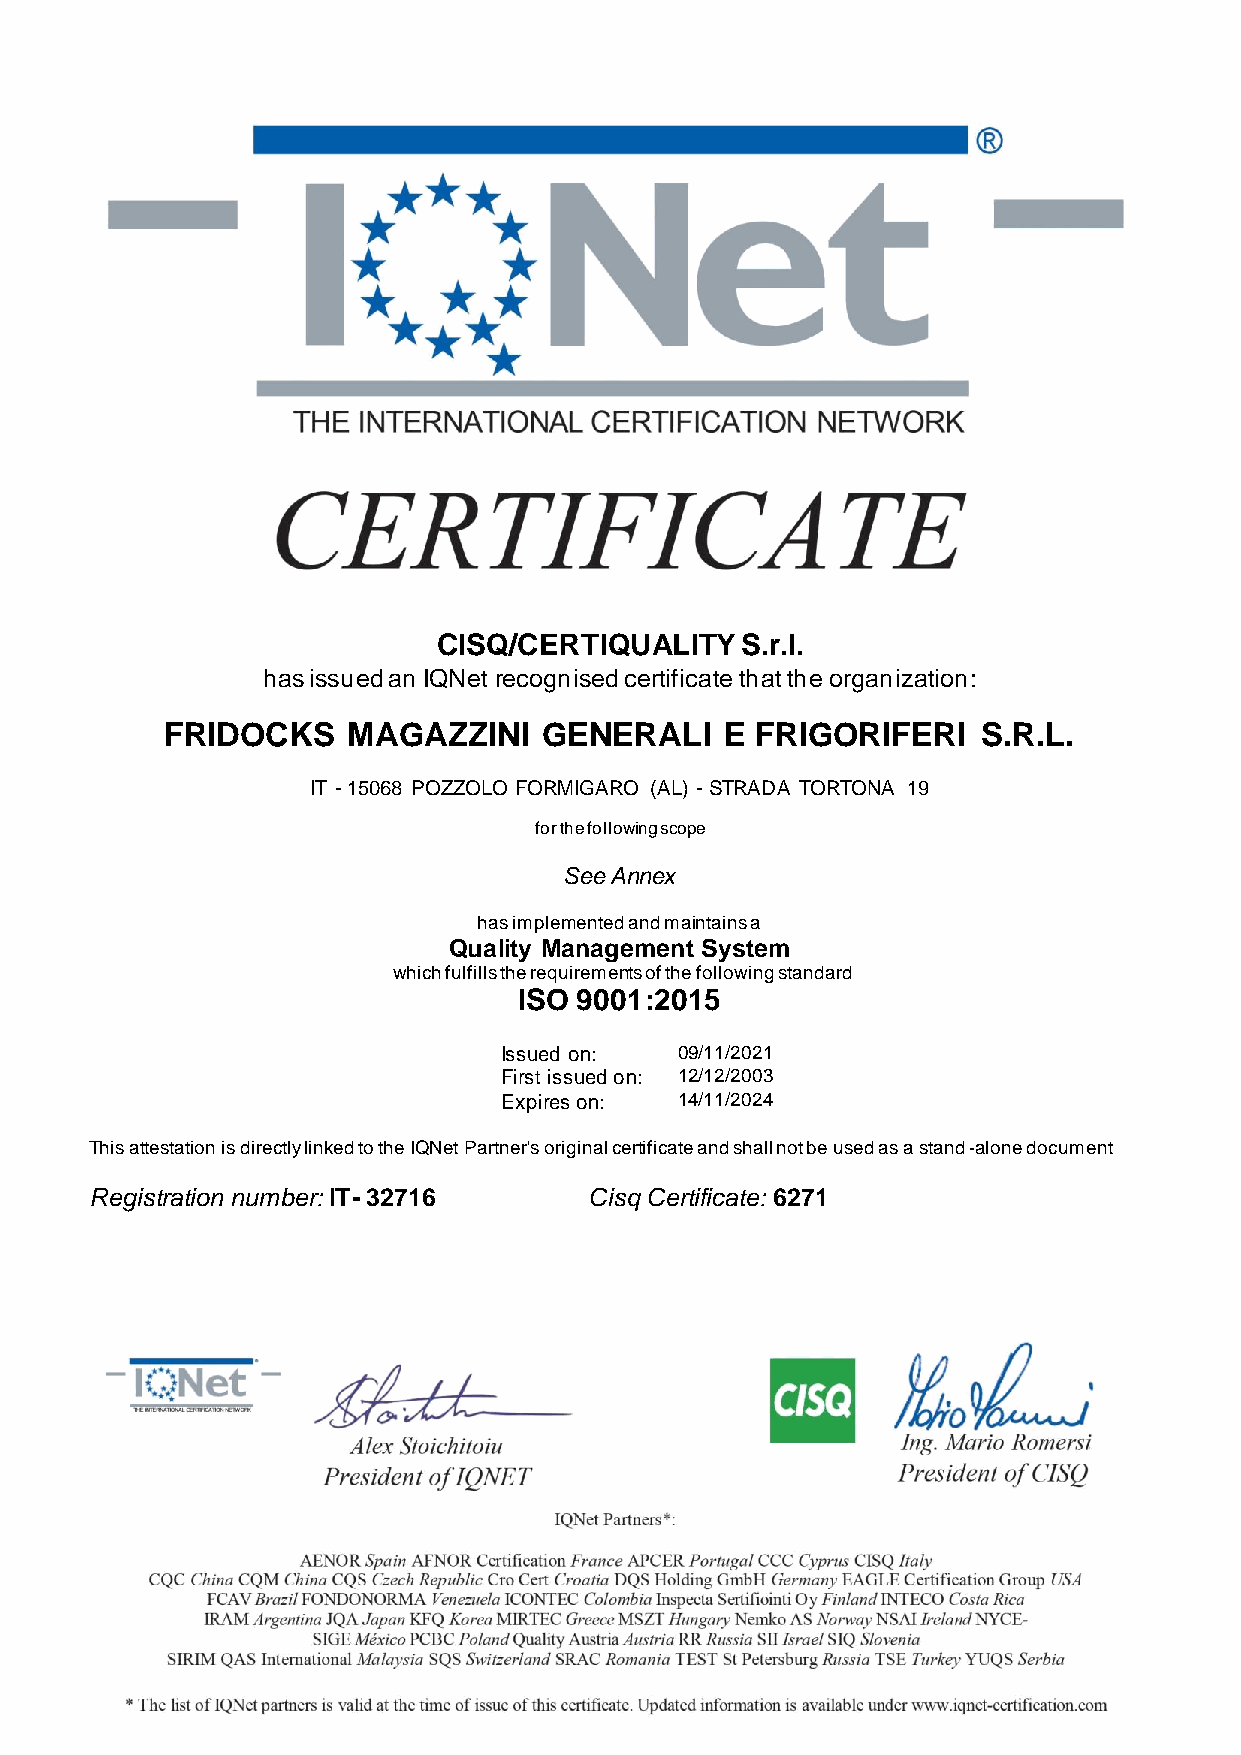
CISQ/CERTIQUALITY   S.r.l.
 has issued an IQNet recognised certificate that the organization:
 FRIDOCKS    MAGAZZINI    GENERALI    E FRIGORIFERI    S.R.L.
 IT - 15068 POZZOLO FORMIGARO (AL) - STRADA TORTONA 19
 for the following scope
 See Annex
 has implemented and maintains a
 Quality Management System
 which fulfills the requirements of the following standard
 ISO 9001:2015
 Issued on:  09/11/2021
 First issued on: 12/12/2003
 Expires on: 14/11/2024
 This attestation is directly linked to the IQNet Partner's original certificate and shall not be used as a stand-alone document
 Registration number: IT- 32716   Cisq Certificate: 6271